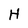
Character: H